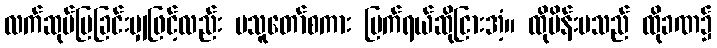
လက်ဆုပ်ပြခြင်းမျှဖြင့်လည်း မသူတော်စကား ပြက်ရယ်ဆိုငြားအံ့။ ထိုမိန်းမသည် ထိုခဏ၌